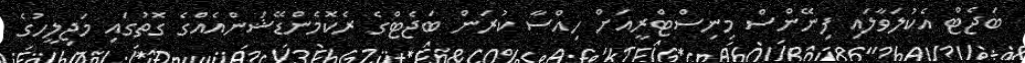
ބަޖެޓް އެކުލަވާލައި ފިނޭންސް މިނިސްޓްރީއަށް ހިއްސާ ކުރަން ބަޖެޓްގެ ރެކޮމެންޑޭޝަންއެއްގެ ގޮތުގައި މަޖިލީހުގެ